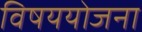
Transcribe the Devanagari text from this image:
विषययोजना